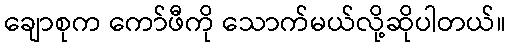
ချောစုက ကော်ဖီကို သောက်မယ်လို့ဆိုပါတယ်။